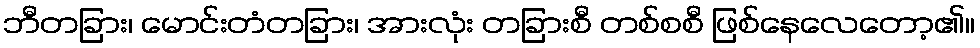
ဘီတခြား၊ မောင်းတံတခြား၊ အားလုံး တခြားစီ တစ်စစီ ဖြစ်နေလေတော့၏။